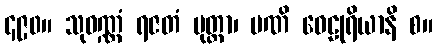
၄၉၀။ သုဝဏ္ဏံ ရဇတံ မုတ္တာ၊ မဏိ ဝေဠုရိယာနိ စ။